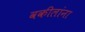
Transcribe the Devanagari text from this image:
वकीलांना